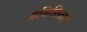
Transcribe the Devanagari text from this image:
द्रविडिस्तान